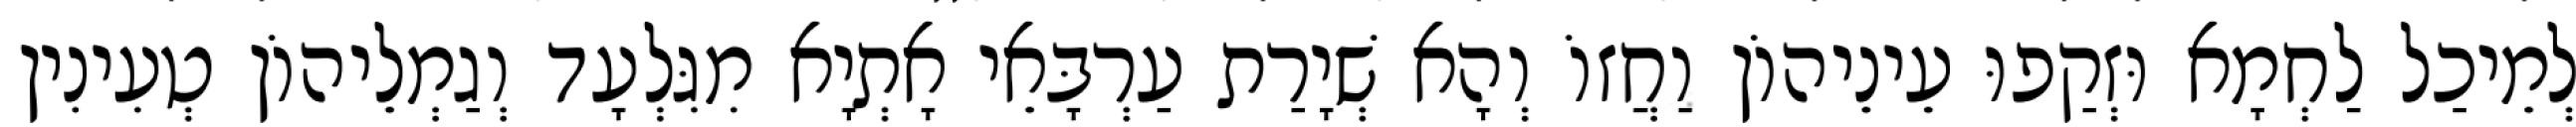
לְמֵיכַל לַחְמָא וּזְקַפוּ עֵינֵיהוֹן וַחֲזוֹ וְהָא שְׁיָרַת עַרְבָּאֵי אָתְיָא מִגִּלְעָד וְגַמְלֵיהוֹן טְעִינִין